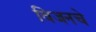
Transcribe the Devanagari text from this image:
विजनचे